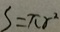
s = \pi r ^ { 2 }